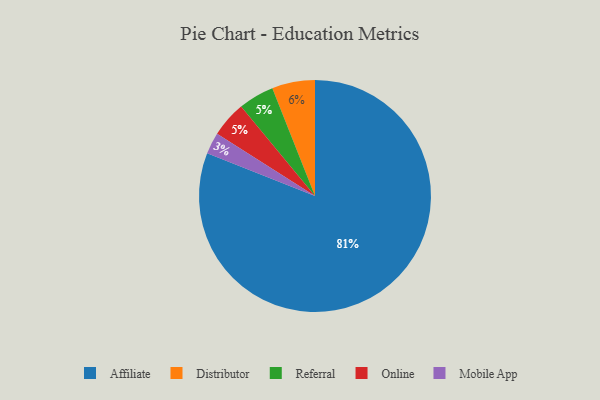
{"axis": {"x": "Category", "y": "Percentage"}, "legend": ["Affiliate", "Distributor", "Mobile App", "Online", "Referral"], "data": [{"x": "Mobile App", "y": 3, "type": "Mobile App"}, {"x": "Referral", "y": 5, "type": "Referral"}, {"x": "Distributor", "y": 6, "type": "Distributor"}, {"x": "Online", "y": 5, "type": "Online"}, {"x": "Affiliate", "y": 81, "type": "Affiliate"}]}